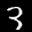
Label: 3